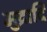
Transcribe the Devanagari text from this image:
मुद्रादि